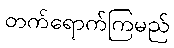
တက်ရောက်ကြမည်